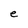
Character: e